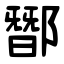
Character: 䣟